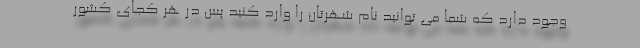
وجود دارد که شما می توانید نام شهرتان را وارد کنید پس در هر کجای کشور